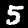
Digit: 5